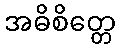
အဓိစိတ္တေ